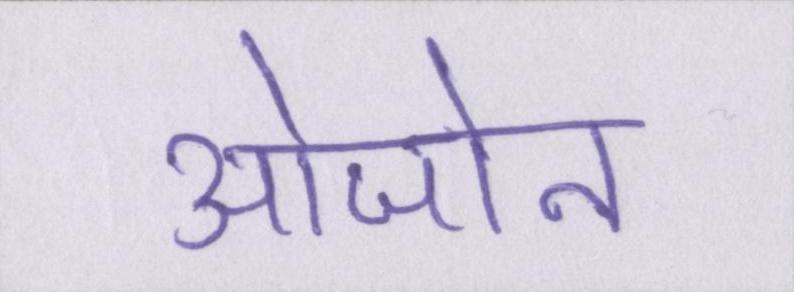
ओजोन